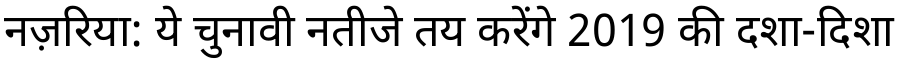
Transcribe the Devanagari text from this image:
नज़रिया: ये चुनावी नतीजे तय करेंगे 2019 की दशा-दिशा